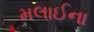
મલાઈના